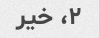
۲، خیر